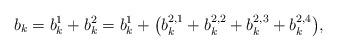
LaTeX: \begin{align*}b_k=b_k^1+b_k^2=b_k^1+\bigl(b_{k}^{2,1}+b_{k}^{2,2}+b_{k}^{2,3}+b_k^{2,4}\bigr),\end{align*}